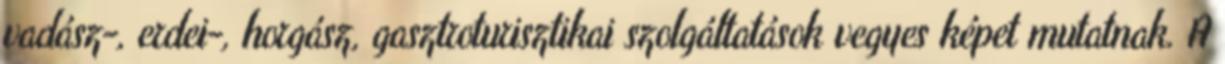
vadász-, erdei-, horgász, gasztroturisztikai szolgáltatások vegyes képet mutatnak. A